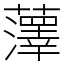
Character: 䕪